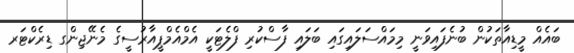
ބައެއް މީޑިއާތަކުން ބުނެފައިވަނީ މިމައްސަލައިގައި ބަލައި ފާސްކުރި ފްލެޓަކީ އެމްއެމްޕީއާރުސީގެ މެނޭޖިންގ ޑިރެކްޓަރ